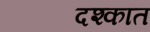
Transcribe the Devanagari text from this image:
दश्कात